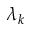
\lambda _ { k }